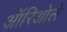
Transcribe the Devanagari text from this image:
ऑरिओले